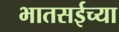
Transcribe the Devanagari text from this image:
भातसईच्या